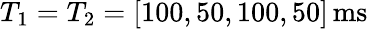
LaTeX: T_{1}=T_{2}=[100,50,100,50]\, \mathrm{ms}